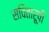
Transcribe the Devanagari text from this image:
सवितारूपी